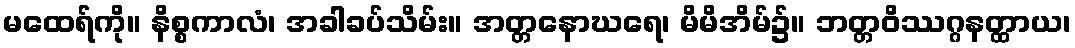
မထေရ်ကို။ နိစ္စကာလံ၊ အခါခပ်သိမ်း။ အတ္တနောဃရေ၊ မိမိအိမ်၌။ ဘတ္တဝိဿဂ္ဂနတ္ထာယ၊